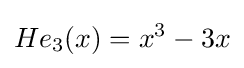
He_{3}(x)=x^{3}-3x